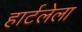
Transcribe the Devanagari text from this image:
हार्टलेला